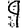
Digit: 9